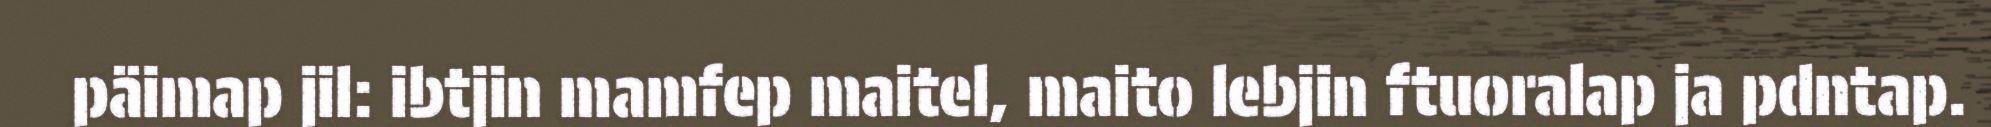
päimap jil: ibtjin mamfep maitel, maito lebjin ftuoralap ja pdntap.